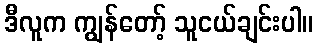
ဒီလူက ကျွန်တော့် သူငယ်ချင်းပါ။